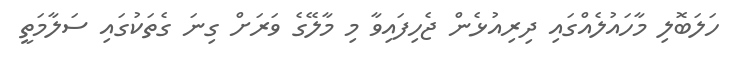
ހަލަބޮލި މާހައުލެއްގައި ދިރިއުޅެން ޖެހިފައިވާ މި މާލޭގެ ވަރަށް ގިނަ ގެތަކުގައި ސަލާމަތީ